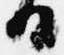
日